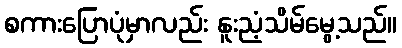
စကားပြောပုံမှာလည်း နူးညံ့သိမ်မွေ့သည်။